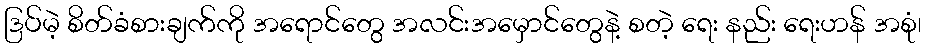
ဒြပ်မဲ့ စိတ်ခံစားချက်ကို အရောင်တွေ အလင်းအမှောင်တွေနဲ့ စတဲ့ ရေး နည်း ရေးဟန် အစုံ၊